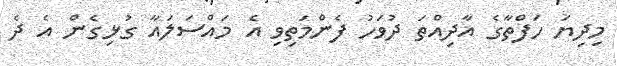
މިދިޔަ ހަފްތާގެ އާދިއްތަ ދުވަހު ފެންމަތިވި އެ މައްސަލައާ ގުޅިގެން އެ ދެ